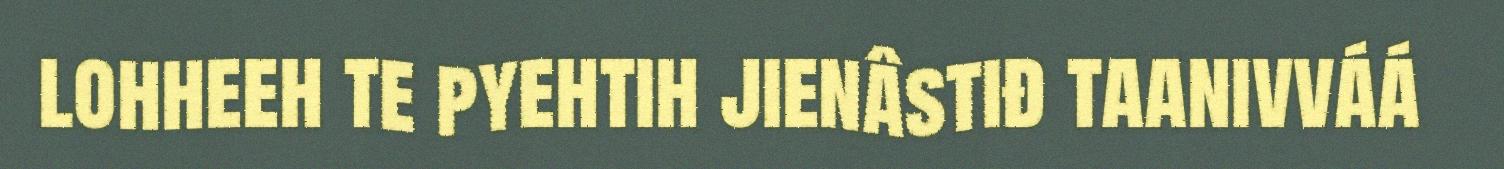
lohheeh te pyehtih jienâstiđ taanivváá